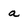
Character: a